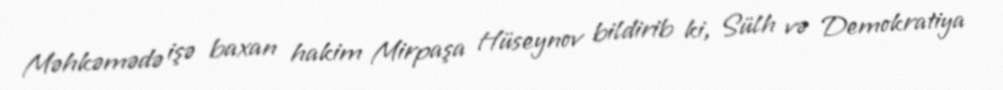
Məhkəmədə işə baxan hakim Mirpaşa Hüseynov bildirib ki, Sülh və Demokratiya